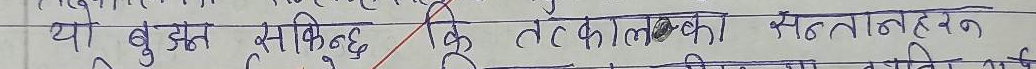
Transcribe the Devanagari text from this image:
यो बुद्धन सकिन्छ कि तत्कालका सन्तान